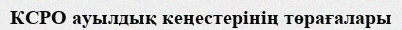
КСРО ауылдық кеңестерінің төрағалары